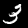
Label: 3